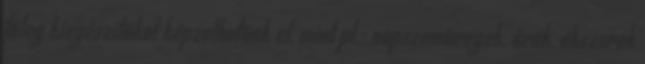
főleg kiegészítőket képzelhetünk el, mint pl.: napszemüvegek, órák, ékszerek